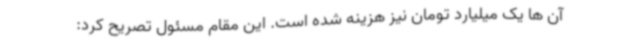
آن ها یک میلیارد تومان نیز هزینه شده است. این مقام مسئول تصریح کرد: